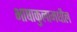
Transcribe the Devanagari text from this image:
भाषाकुलामधील